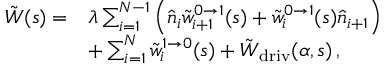
\begin{array} { r l } { \tilde { W } ( s ) = } & { \lambda \sum _ { i = 1 } ^ { N - 1 } \left( \hat { n } _ { i } \tilde { w } _ { i + 1 } ^ { 0 \to 1 } ( s ) + \tilde { w } _ { i } ^ { 0 \to 1 } ( s ) \hat { n } _ { i + 1 } \right) } \\ & { + \sum _ { i = 1 } ^ { N } \tilde { w } _ { i } ^ { 1 \to 0 } ( s ) + \tilde { W } _ { \mathrm { d r i v } } ( \alpha , s ) \, , } \end{array}